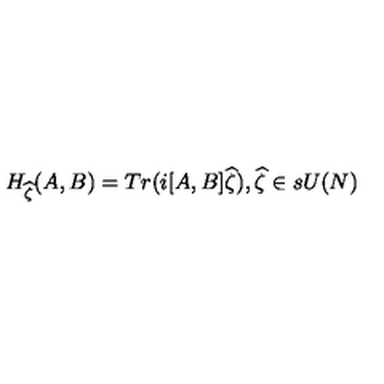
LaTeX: H _ { \widehat { \zeta } } ( A , B ) = T r ( i [ A , B ] \widehat { \zeta } ) , \widehat { \zeta } \in s U ( N ) \,